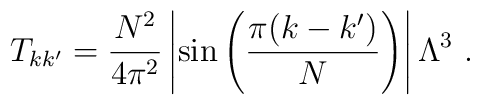
T_{kk^\prime}={ N^2\over 4\pi^2} \left| \sin\left({\pi(k-k^\prime)\over N}\right) \right| \Lambda^3~.